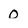
Character: O